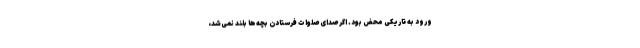
ورود به تاریکی محض بود. اگر صدای صلوات فرستادن بچه‌ها بلند نمی‌شد،